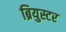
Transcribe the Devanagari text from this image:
ब्रियुस्टर